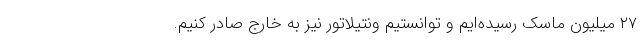
۲۷ میلیون ماسک رسیده‌ایم و توانستیم ونتیلاتور نیز به خارج صادر کنیم.